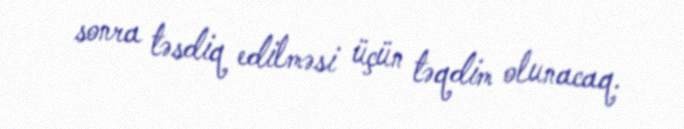
sonra təsdiq edilməsi üçün təqdim olunacaq.